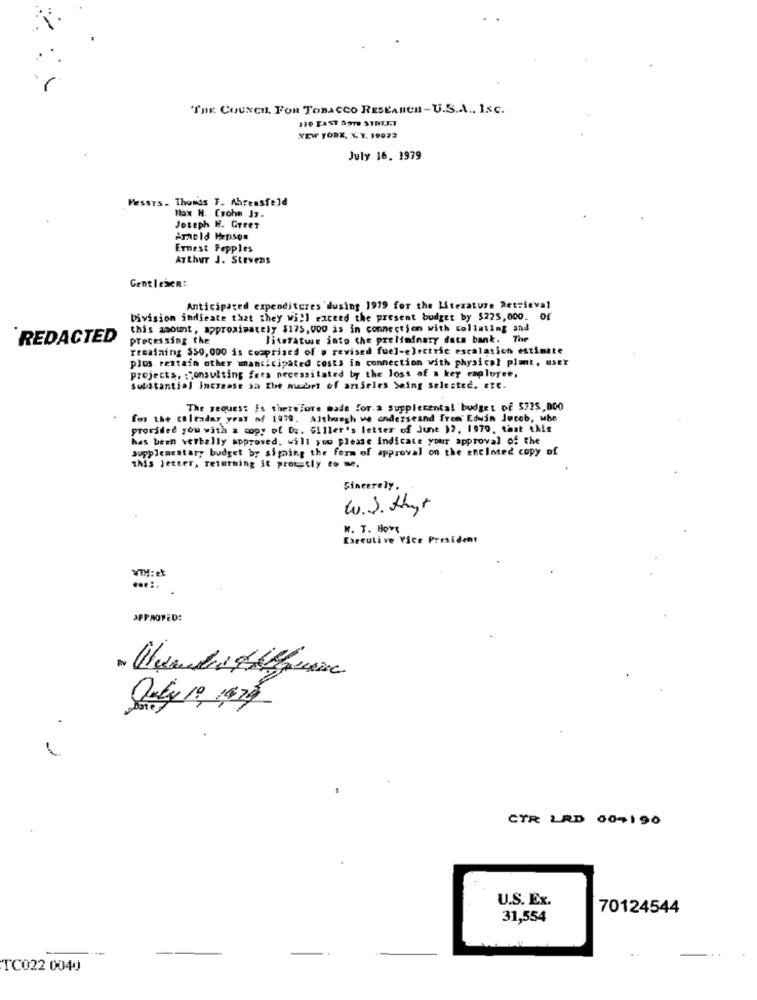
"THE COUNCIL. FOR TOBACCO RESEARCH-U.S.A ., INC.
NEW YORK, X, Y. 10022
July 16, 1979
MESSTS. Thomas F. Ahrensfeld
Max H. Crohn Jz.
Joseph H. GreET
Arnold Hepson
Ernest Pepples
AT thur J. Stevens
Gentlemen:
Anticipated expenditures 'dusing 1979 for the Literature Retrieval
Division indicate that they will raceed the present budget by $225,000. Of
this amount, approximately $175,000 is in connection with collating and
REDACTED
processing the
literatur into the preliminary dats bank. The
remaining $50, 000 is comprised of . revised fuel-electric escalatich estimate
plos rentain other whanticipated costs in connection with physical plat. user
projects, : consulting fees necessitated by the loss of a key employee,
substantial Increase ja The mobrt of artseles being selected. ere.
The request is therefore made for.a supplemental budget of 5775,000
for the coltadar yraf of 1979. Although we anderseand free' Edwin Jereb, wbe
provided you with a copy of Dz. Giller's letter of June )2. 1979, that this
has been verbally approved, will you please indicate your approval of the
supplementary budget by signing the form of approval on the enclosed copy of
this jetter, returning it prot tly to me.
Sincerely,
W.S. thyr
W. T. HOyt
Executive Vice President
APPROVED:
1
CTR LRD 00-190
U.S. Ex.
70124544
31,554
TC022 0040